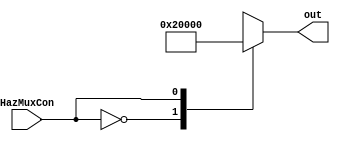
module next_address_mux(HazMuxCon, out);

//I/O ports
output wire [15:0] out;
input wire HazMuxCon;


//temp register
reg [15:0] r_out = 16'b0;;


//if a stall, pass adder 0, if no stall, passs adder 2 for pc +2


always @(*)
begin
	//The two inputs can be from any of the other blocks, these are just example values.
	case (HazMuxCon)
		1'b0: r_out = 16'h002; 
		1'b1: r_out = 16'h000;
	endcase
end
assign out = r_out;
endmodule